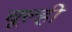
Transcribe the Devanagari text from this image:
चूल्ही